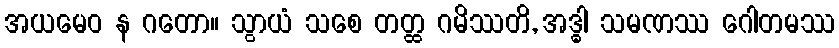
အယမေဝ န ဂတော။ သွာယံ သစေ တတ္ထ ဂမိဿတိ, အဒ္ဓါ သမဏဿ ဂေါတမဿ